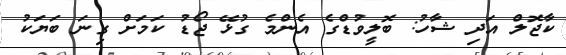
ކާޖޮލް އަދި ޝާހު: ބޮލީވުޑްގެ އެންމެ ގުޅޭ ޖޯޑު ކަމަށް ގިނަ ބަޔަކު